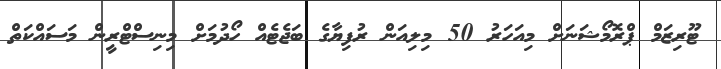
ޓޫރިޒަމް ޕްރޮމޯޝަނަށް މިއަހަރު 50 މިލިއަން ރުފިޔާގެ ބަޖެޓެއް ހޯދުމަށް މިނިސްޓްރީން މަސައްކަތް